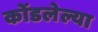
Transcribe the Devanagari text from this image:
कोंडलेल्या